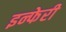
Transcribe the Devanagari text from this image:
इन्फेरी